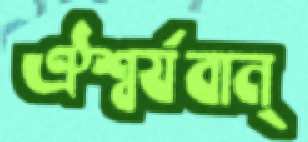
ঐশ্বর্যবান্‌